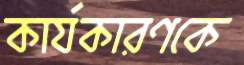
কার্যকারণকে